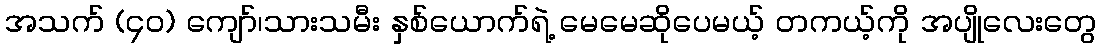
အသက် (၄၀) ကျော်၊သားသမီး နှစ်ယောက်ရဲ့ မေမေဆိုပေမယ့် တကယ့်ကို အပျိုလေးတွေ